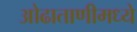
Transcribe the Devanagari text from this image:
ओढाताणीमध्ये